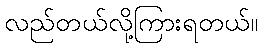
လည်တယ်လို့ကြားရတယ်။